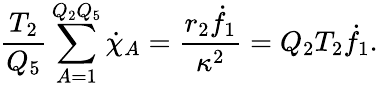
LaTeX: {\frac{T_{2}}{Q_{5}}}\sum_{A=1}^{Q_{2}Q_{5}}\dot{\chi}_{A}={\frac{r_{2}{\dot{f}_{1}}}{\kappa^{2}}}=Q_{2}T_{2}\dot{f}_{1}.